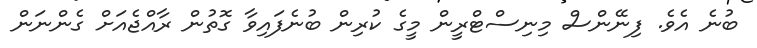
ބުނެ އެވެ. ފިނޭންސް މިނިސްޓްރީން މީގެ ކުރިން ބުނެފައިވާ ގޮތުން ރާއްޖެއަށް ގެންނަން